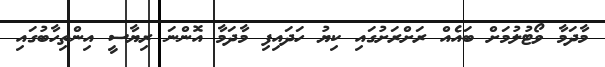
މާދަމާ ވޯޓުލުމަށް ބައެއް ރަށްރަށުގައި ކިޔު ހަދައިފި މާދަމާ އޮންނަ ރިޔާސީ އިންތިހާބުގައި